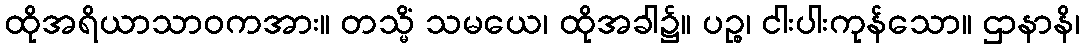
ထိုအရိယာသာဝကအား။ တသ္မိံ သမယေ၊ ထိုအခါ၌။ ပဉ္စ၊ ငါးပါးကုန်သော။ ဌာနာနိ၊